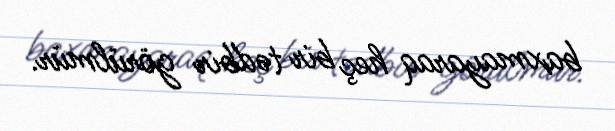
baxmayaraq heç bir tədbir görülmür.